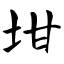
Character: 坩